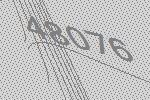
48076